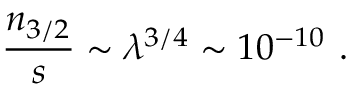
{ \frac { n _ { 3 / 2 } } { s } } \sim \lambda ^ { 3 / 4 } \sim 1 0 ^ { - 1 0 } \ .